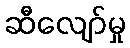
ဆီလျော်မှု